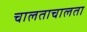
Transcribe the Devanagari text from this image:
चालताचालता